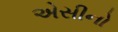
એસીનો